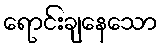
ရောင်းချနေသော